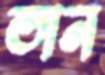
তান